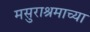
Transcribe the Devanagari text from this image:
मसुराश्रमाच्या